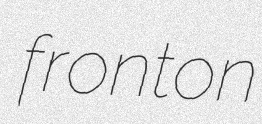
fronton